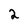
Character: 2